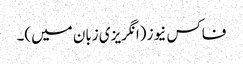
فاکس نیوز (انگریزی زبان میں)۔